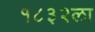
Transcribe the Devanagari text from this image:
१८३२ला